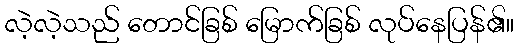
လဲ့လဲ့သည် တောင်ခြစ် မြောက်ခြစ် လုပ်နေပြန်၏။